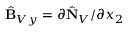
\hat { \bf B } _ { V y } = \partial \hat { \bf N } _ { V } / \partial x _ { 2 }